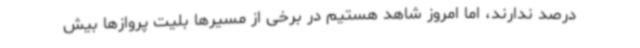
درصد ندارند، اما امروز شاهد هستیم در برخی از مسیرها بلیت پروازها بیش